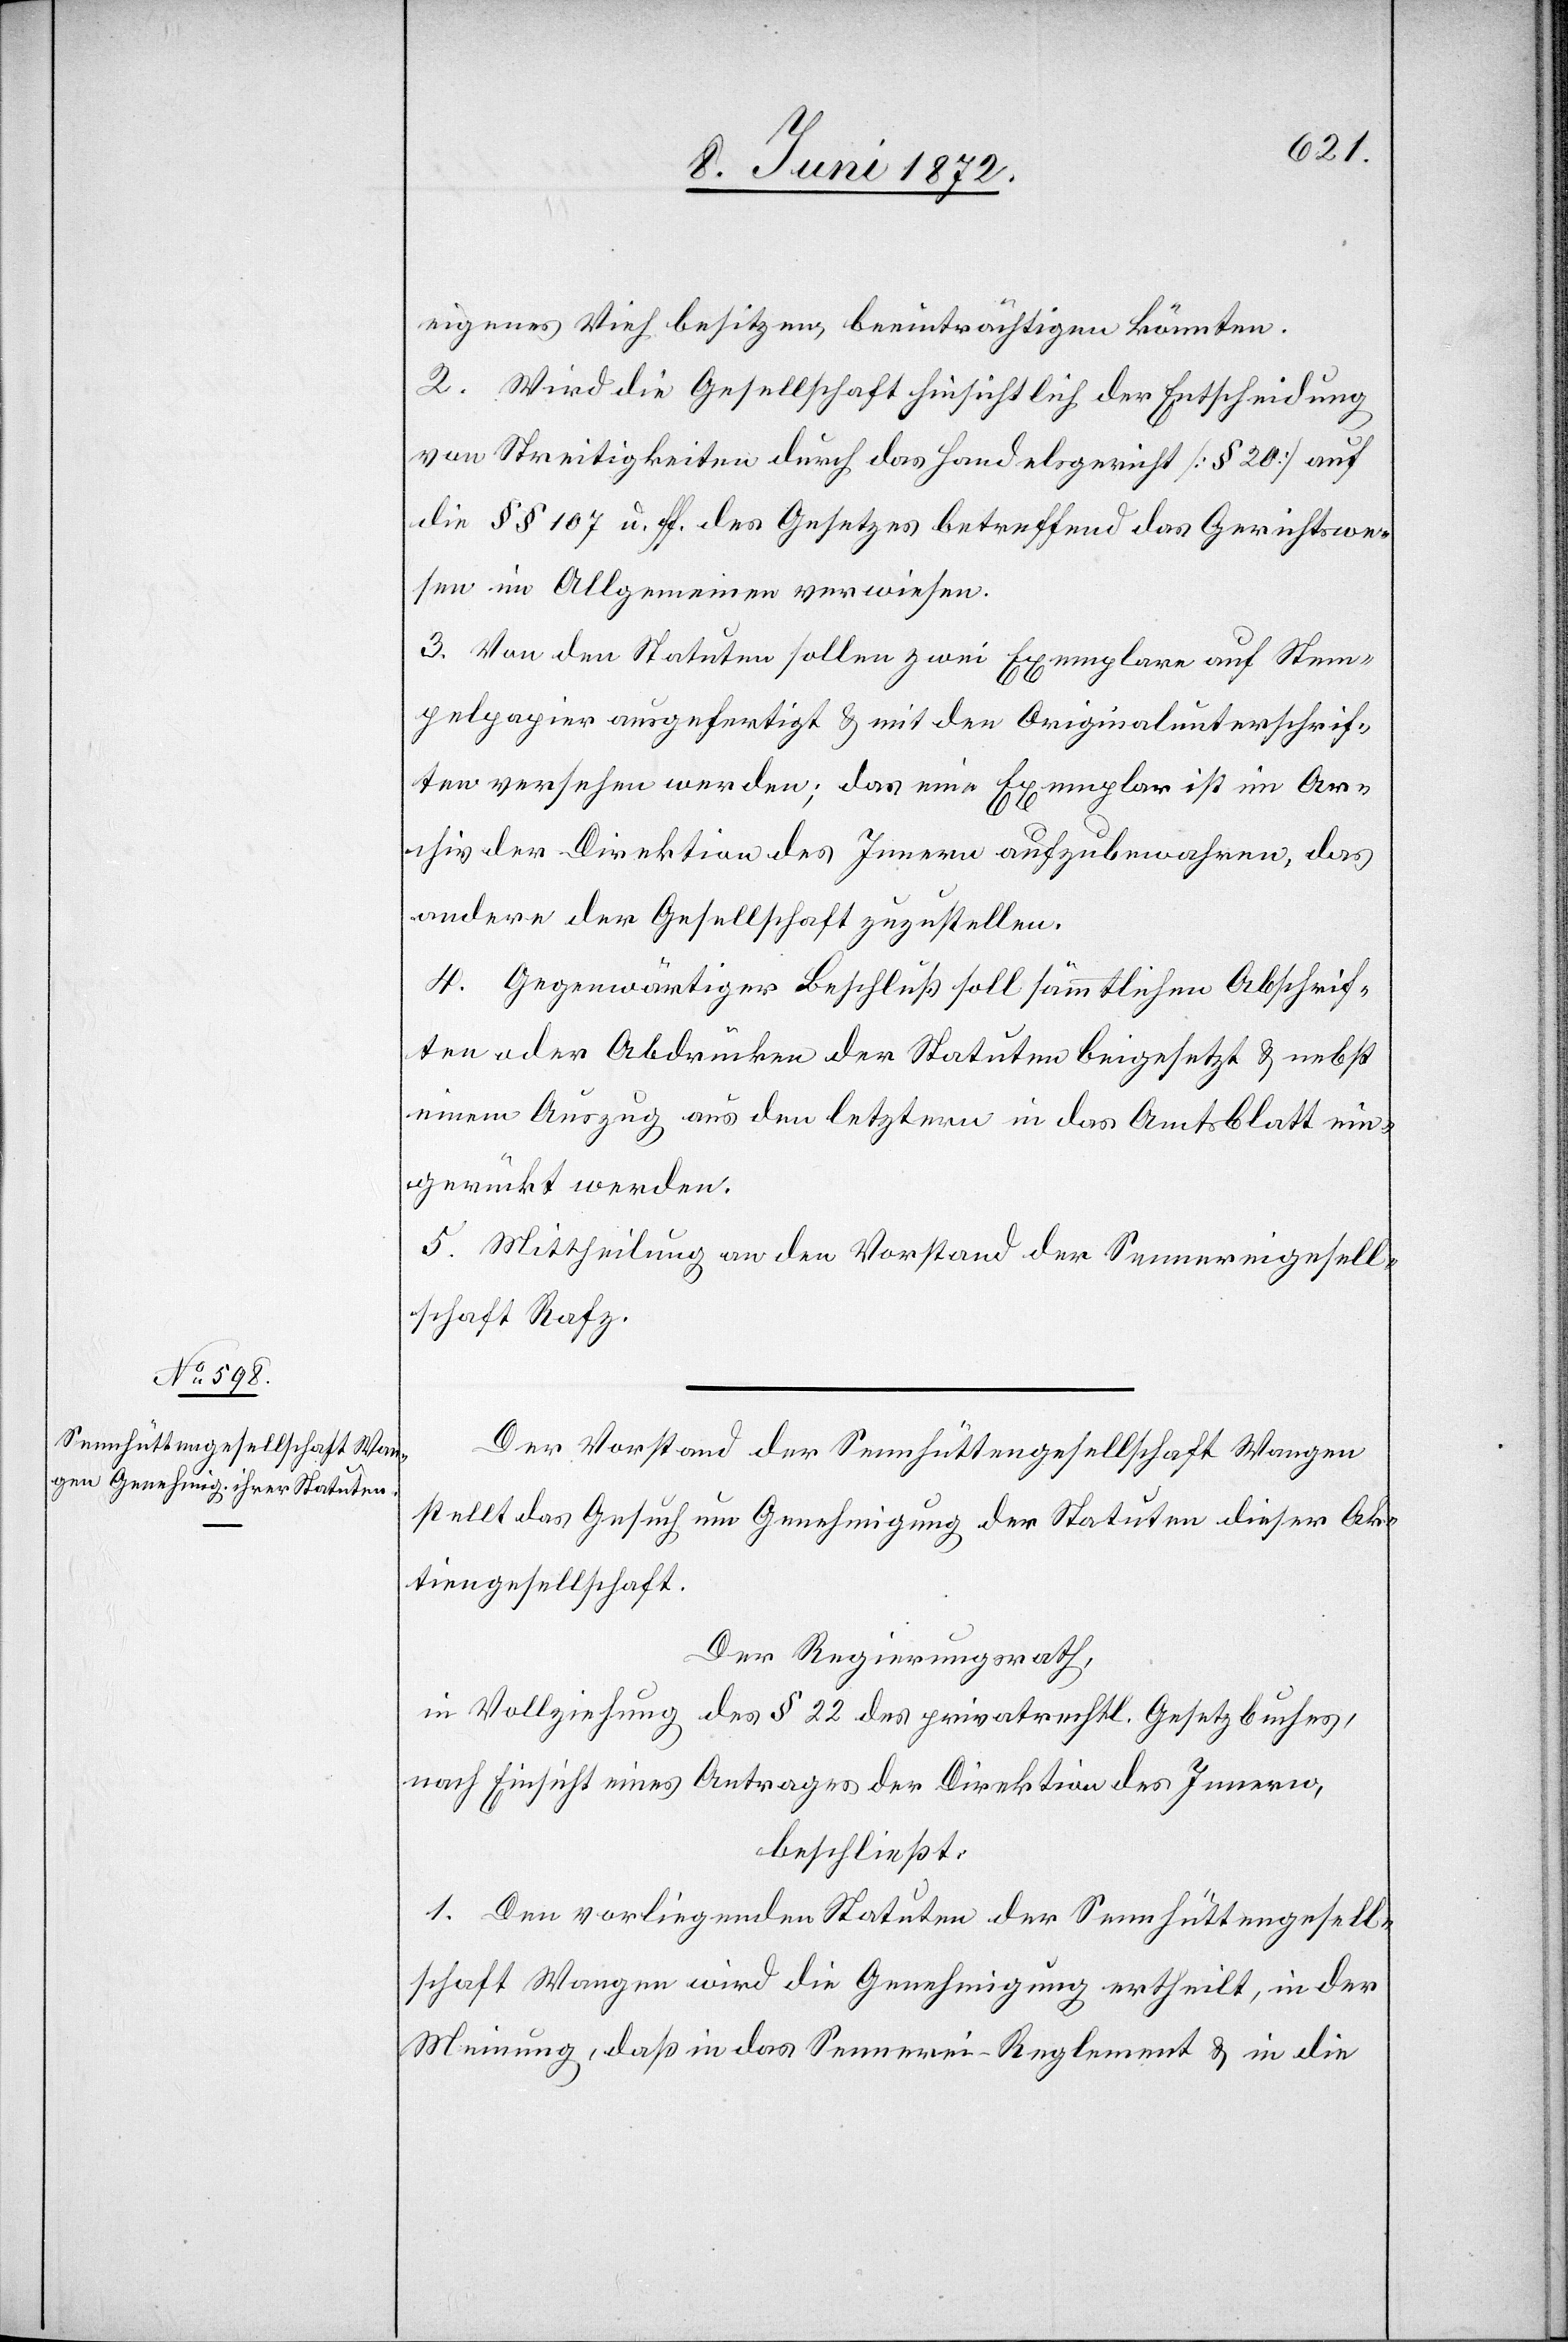
eigenes Vieh besitzen, beeinträchtigen könnten.
2. Wird die Gesellschaft hinsichtlich der Entscheidung
von Streitigkeiten durch das Handelsgericht [§ 20] auf
die §§ 107 u. ff. des Gesetzes betreffend das Gerichtswe¬
sen im Allgemeinen verwiesen.
3. Von den Statuten sollen zwei Exemplare auf Stem¬
pelpapier ausgefertigt u. mit den Originalunterschrif¬
ten versehen werden; das eine Exemplar ist im Ar¬
chiv der Direktion des Innern aufzubewahren, das
andere der Gesellschaft zuzustellen.
4. Gegenwärtiger Beschluß soll sämmtlichen Abschrif¬
ten oder Abdrücken der Statuten beigesetzt u. nebst
einem Auszug aus den letztern in das Amtsblatt ein¬
gerückt werden.
5. Mittheilung an den Vorstand der Sennereigesell¬
schaft Rafz.
Der Vorstand der Sennhüttengesellschaft Wangen
stellt das Gesuch um Genehmigung der Statuten dieser Ak¬
tiengesellschaft.
Der Regierungsrath,
in Vollziehung des § 22 des privatrechtl. Gesetzbuches,
nach Einsicht eines Antrages der Direktion des Innern,
beschließt:
1. Den vorliegenden Statuten der Sennhüttengesell¬
schaft Wangen wird die Genehmigung ertheilt, in der
Meinung, daß in das Sennerei-Reglement u. in die